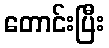
တောင်းပြီး